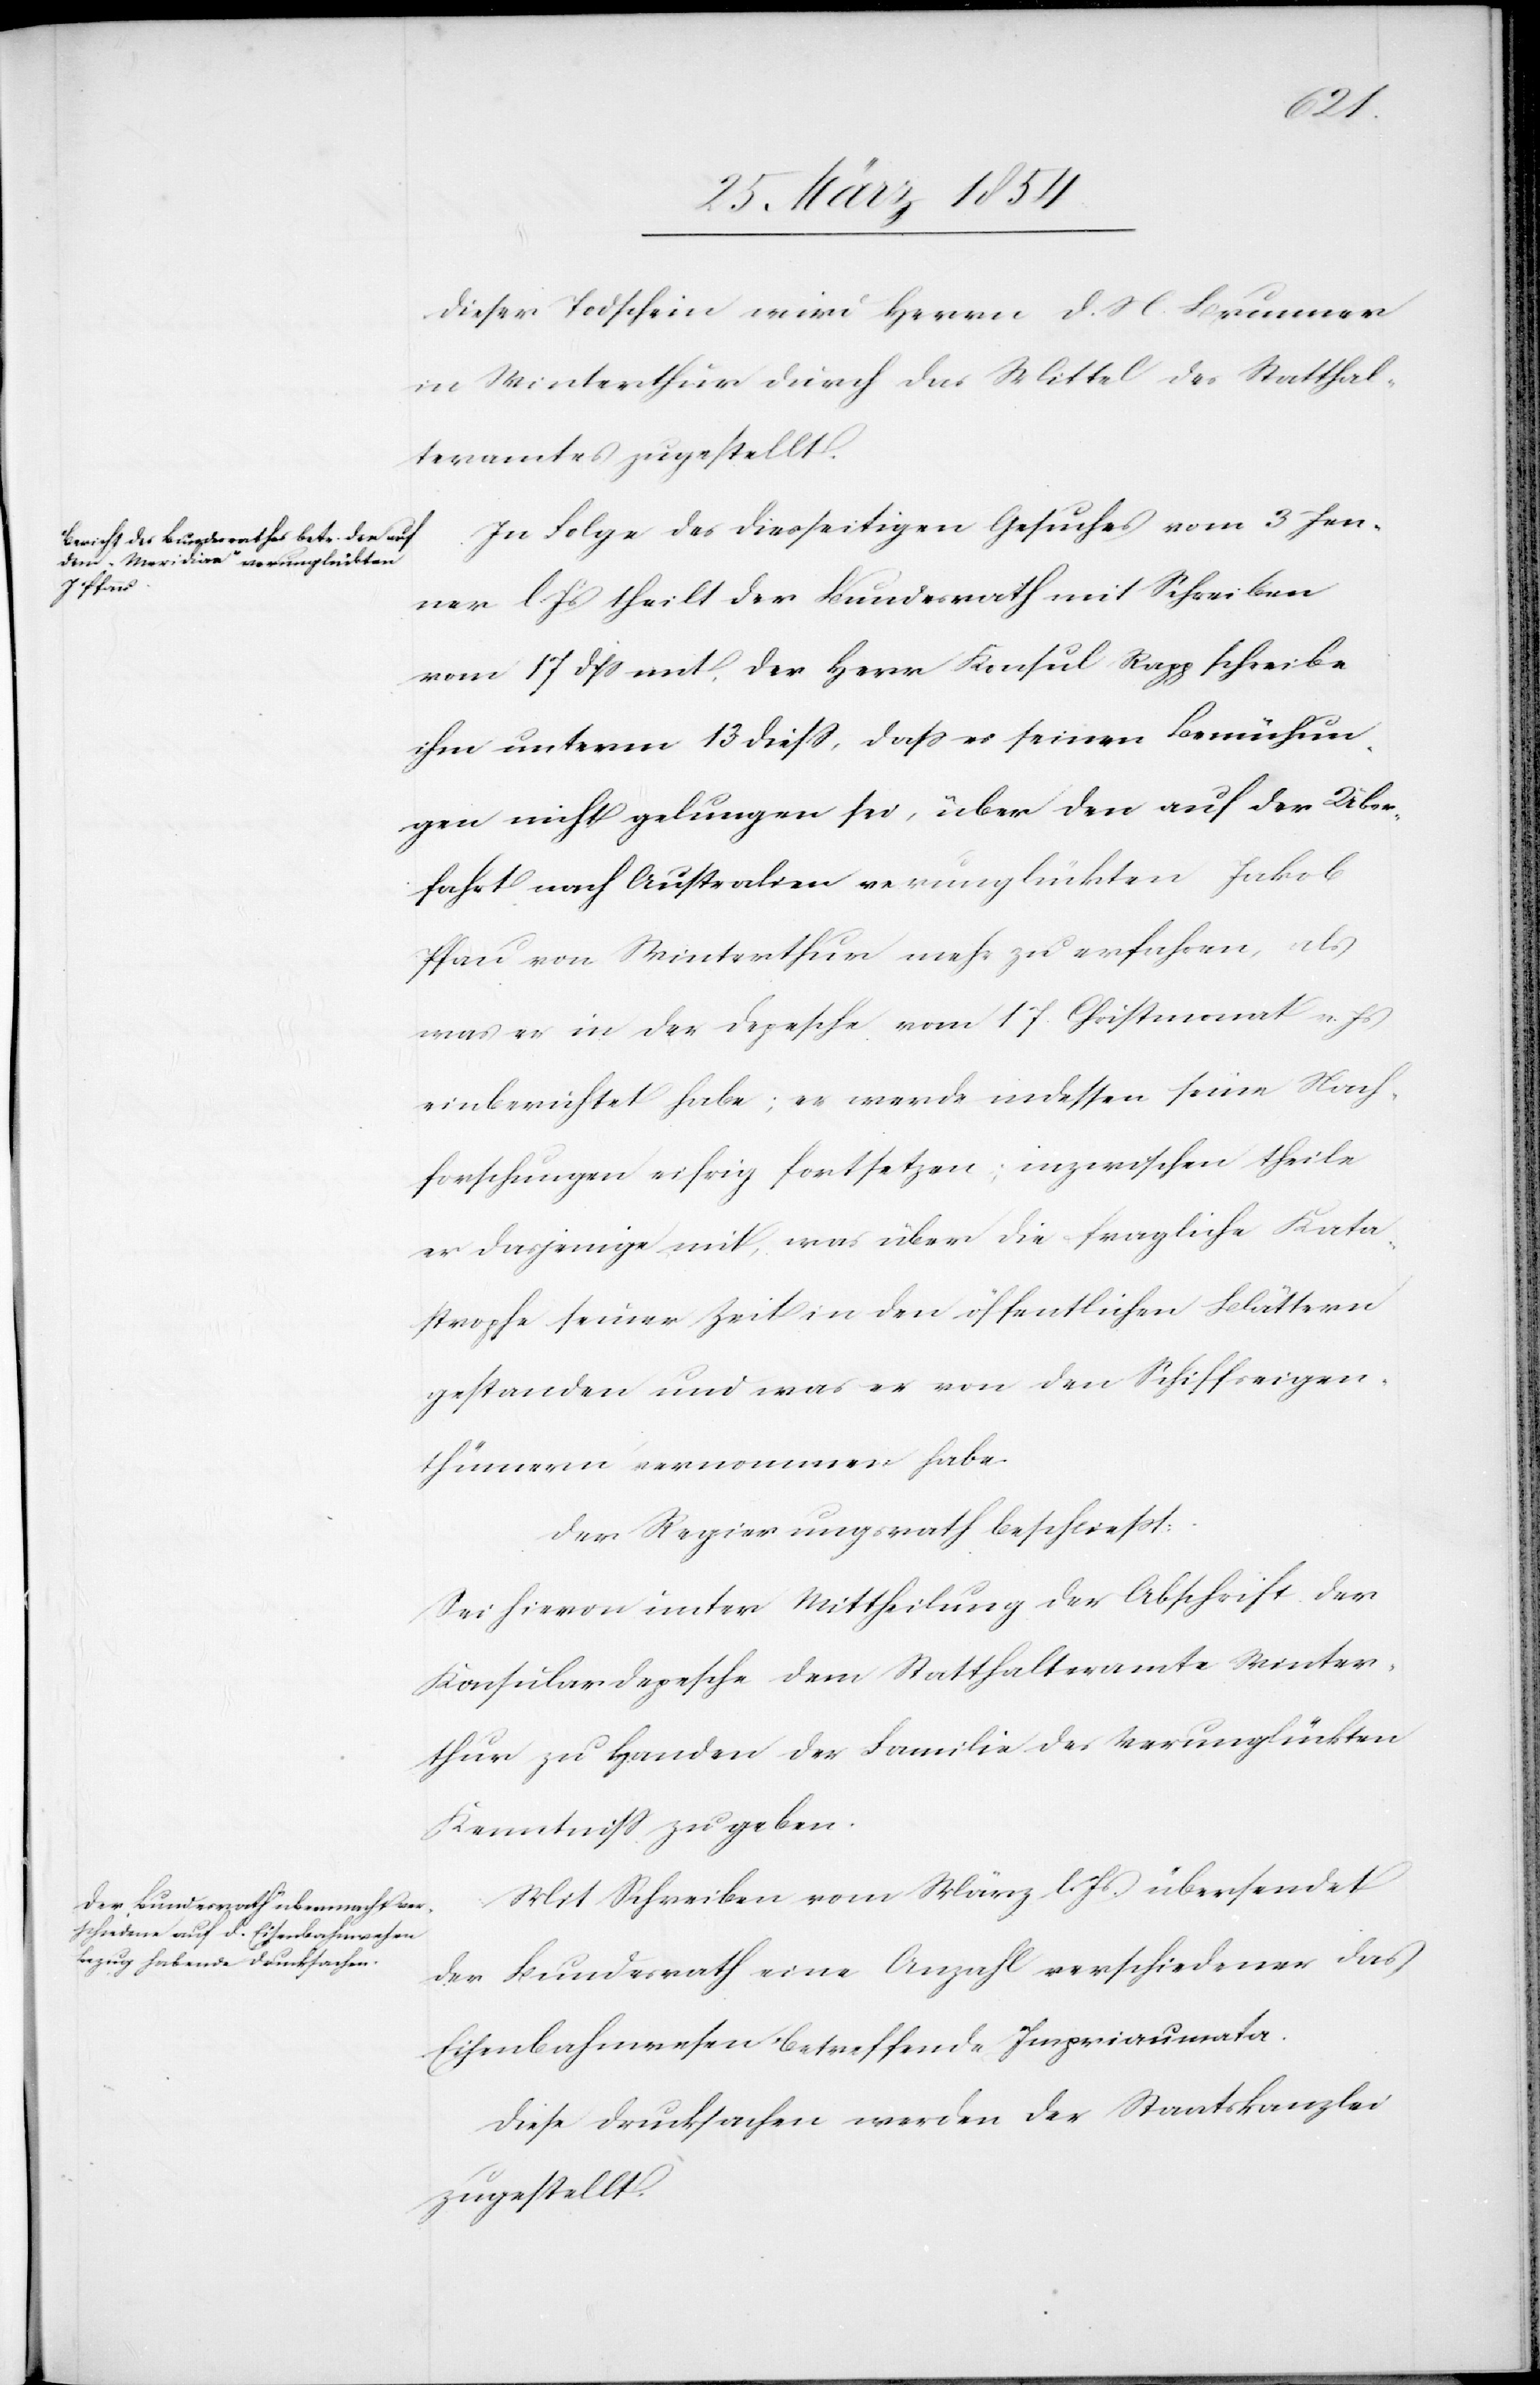
Dieser Todschein wird Herrn D. N. Krummer
in Winterthur durch das Mittel des Statthal¬
teramtes zugestellt.
In Folge des diesseitigen Gesuches vom 3 Jen¬
ner l Js theilt der Bundesrath mit Schreiben
vom 17 dß mit, der Herr Konsul Rapp schrieb
ihm unterm 13 dieß, daß es seinen Bemühun¬
gen nicht gelungen sei, über den auf der Über¬
fahrt nach Australien verunglückten Jakob
Pfau von Winterthur mehr zu erfahren, als
was er in der Depesche vom 17. Christmonat v. Js
einberichtet habe; er werde indessen seine Nach¬
forschungen eifrig fortsetzen; inzwischen theile
er dasjenige mit, was über die fragliche Kata¬
strophe seiner Zeit in den öffentlichen Blättern
gestanden und was er von den Schiffseigen¬
thümern vernommen habe.
Der Regierungsrath beschließt:
Sei hievon unter Mittheilung der Abschrift der
Konsulardepesche dem Statthalteramte Winter¬
thur zu Handen der Familie des Verunglückten
Kenntniß zu geben.
Mit Schreiben vom März l. Js übersendet
der Bundesrath eine Anzahl verschiedener das
Eisenbahnwesen betreffende Impriaumata.
Diese Drucksachen werden der Staatskanzlei
zugestellt.